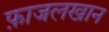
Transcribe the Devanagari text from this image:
फ़ाजलखान